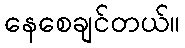
နေစေချင်တယ်။